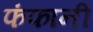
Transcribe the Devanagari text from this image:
फंफानी